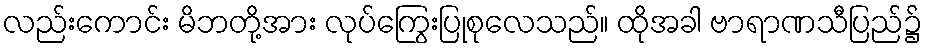
လည်းကောင်း မိဘတို့အား လုပ်ကြွေးပြုစုလေသည်။ ထိုအခါ ဗာရာဏသီပြည်၌